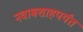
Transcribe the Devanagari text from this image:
नवाबशाहपर्यंत